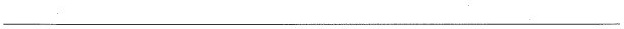
___